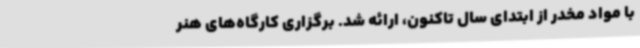
با مواد مخدر از ابتدای سال تاکنون، ارائه شد. برگزاری کارگاه‌های هنر